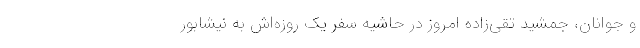
و جوانان، جمشید تقی‌زاده امروز در حاشیه سفر یک روزه‌اش به نیشابور